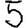
Digit: 5